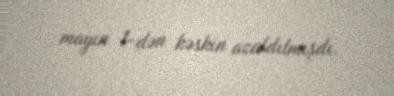
mayın 1-dən kəskin azaldılmışdı.